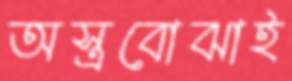
অস্ত্রবোঝাই